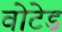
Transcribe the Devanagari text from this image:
वोटेड